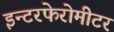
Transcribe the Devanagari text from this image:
इन्टरफेरोमीटर